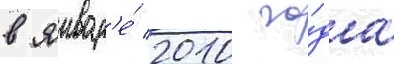
в январ'е́ 2010 го́да